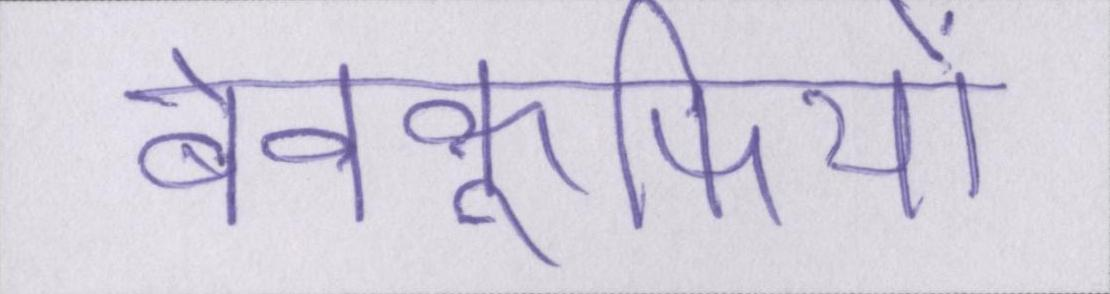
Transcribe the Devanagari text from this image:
बेवकूफियों